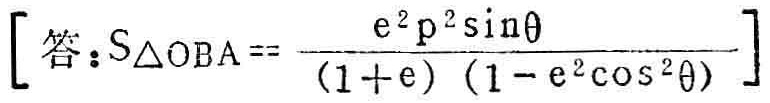
\[ [\text{答：}S_{\triangle OBA}== \frac{e^{2}p^{2}\sin\theta}{(1 + e)(1 - e^{2}\cos^{2}\theta)} ] \]